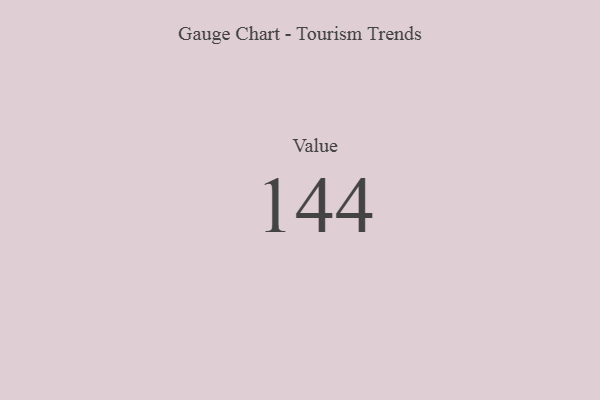
{"axis": {"x": "Metric", "y": "Value"}, "legend": [""], "data": [{"x": "Value", "y": 144, "type": ""}]}